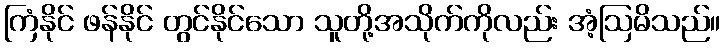
ကြံနိုင် ဖန်နိုင် တွင်နိုင်သော သူတို့အသိုက်ကိုလည်း အံ့ဩမိသည်။